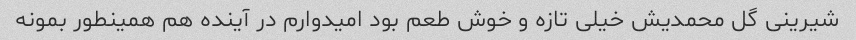
شیرینی گل محمدیش خیلی تازه و خوش طعم بود امیدوارم در آینده هم همینطور بمونه